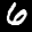
Label: 6